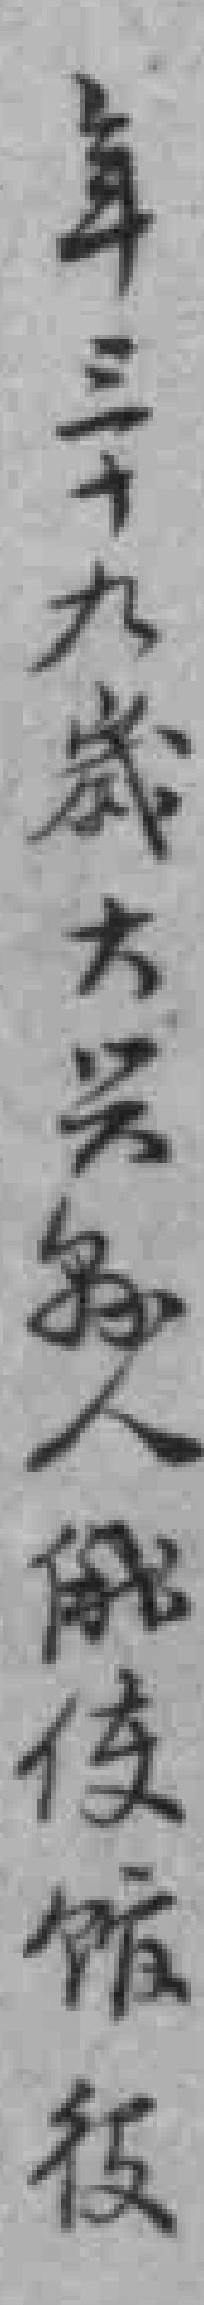
年三十九歲大兴縣人俄使馆役